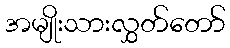
အမျိုးသားလွှတ်တော်